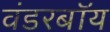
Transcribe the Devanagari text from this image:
वंडरबॉय